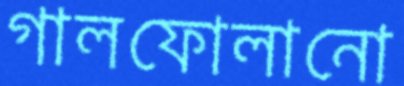
গালফোলানো